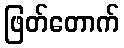
ဖြတ်တောက်